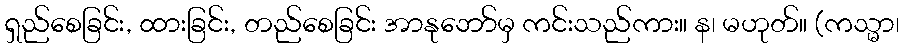
ရှည်စေခြင်း, ထားခြင်း, တည်စေခြင်း အာနုဘော်မှ ကင်းသည်ကား။ န၊ မဟုတ်။ (ကသ္မာ၊